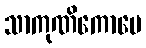
သာကုဏိကောပေ